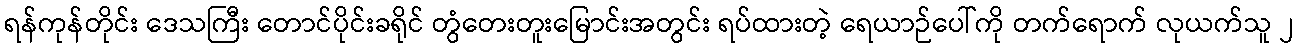
ရန်ကုန်တိုင်း ဒေသကြီး တောင်ပိုင်းခရိုင် တွံတေးတူးမြောင်းအတွင်း ရပ်ထားတဲ့ ရေယာဉ်ပေါ်ကို တက်ရောက် လုယက်သူ ၂